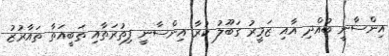
އިންސާނީ ބުއްދި އާއި ޒަމީރު ގަބޫލު ކުރާ އިންސާނީ ފިތުރަތާއި ތަބީއަތާ ތައާރުޒު